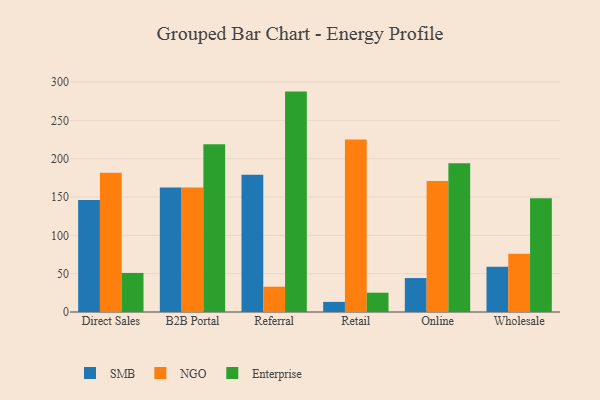
{"axis": {"x": "Channel", "y": "Operating Costs (USD K)"}, "legend": ["Enterprise", "NGO", "SMB"], "data": [{"x": "Direct Sales", "y": 146.1, "type": "SMB"}, {"x": "Direct Sales", "y": 181.8, "type": "NGO"}, {"x": "Direct Sales", "y": 51.0, "type": "Enterprise"}, {"x": "B2B Portal", "y": 162.5, "type": "SMB"}, {"x": "B2B Portal", "y": 162.6, "type": "NGO"}, {"x": "B2B Portal", "y": 218.8, "type": "Enterprise"}, {"x": "Referral", "y": 179.1, "type": "SMB"}, {"x": "Referral", "y": 33.0, "type": "NGO"}, {"x": "Referral", "y": 287.6, "type": "Enterprise"}, {"x": "Retail", "y": 13.2, "type": "SMB"}, {"x": "Retail", "y": 225.1, "type": "NGO"}, {"x": "Retail", "y": 25.2, "type": "Enterprise"}, {"x": "Online", "y": 44.3, "type": "SMB"}, {"x": "Online", "y": 170.8, "type": "NGO"}, {"x": "Online", "y": 194.0, "type": "Enterprise"}, {"x": "Wholesale", "y": 59.2, "type": "SMB"}, {"x": "Wholesale", "y": 76.1, "type": "NGO"}, {"x": "Wholesale", "y": 148.3, "type": "Enterprise"}]}